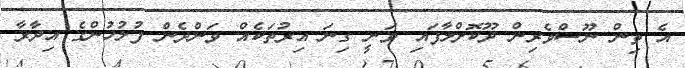
އެ ތިން ނޫސްވެރިން ދޫކޮށްލާފައި ވަނީ ގިނަ އިރުތަކެއް ވަންދެން ފުލުހުންގެ އިދާރާ